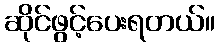
ဆိုင်ဖွင့်ပေးရတယ်။